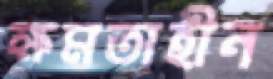
ক্ষমতাহীন